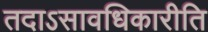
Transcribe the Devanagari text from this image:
तदाऽसावधिकारीति